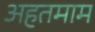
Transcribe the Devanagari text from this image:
अहतमाम